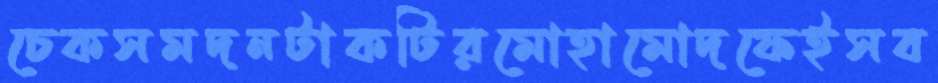
চেকসমদনটাকটিরমোহামোদফেইসব